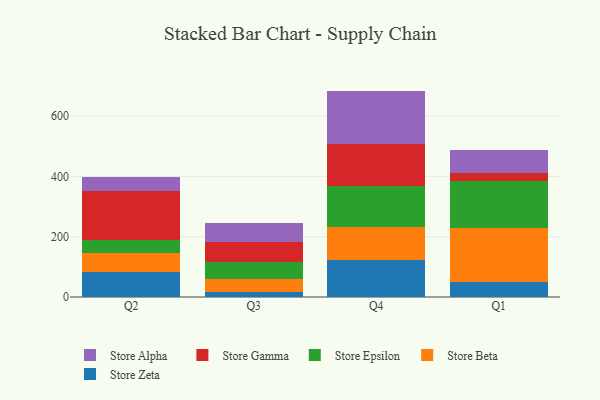
{"axis": {"x": "Quarter", "y": "Revenue (USD Million)"}, "legend": ["Store Alpha", "Store Beta", "Store Epsilon", "Store Gamma", "Store Zeta"], "data": [{"x": "Q2", "y": 82.4, "type": "Store Zeta"}, {"x": "Q2", "y": 64.5, "type": "Store Beta"}, {"x": "Q2", "y": 42.0, "type": "Store Epsilon"}, {"x": "Q2", "y": 163.2, "type": "Store Gamma"}, {"x": "Q2", "y": 47.2, "type": "Store Alpha"}, {"x": "Q3", "y": 17.9, "type": "Store Zeta"}, {"x": "Q3", "y": 41.2, "type": "Store Beta"}, {"x": "Q3", "y": 57.7, "type": "Store Epsilon"}, {"x": "Q3", "y": 67.1, "type": "Store Gamma"}, {"x": "Q3", "y": 63.0, "type": "Store Alpha"}, {"x": "Q4", "y": 122.7, "type": "Store Zeta"}, {"x": "Q4", "y": 109.9, "type": "Store Beta"}, {"x": "Q4", "y": 135.1, "type": "Store Epsilon"}, {"x": "Q4", "y": 139.0, "type": "Store Gamma"}, {"x": "Q4", "y": 177.2, "type": "Store Alpha"}, {"x": "Q1", "y": 48.9, "type": "Store Zeta"}, {"x": "Q1", "y": 178.5, "type": "Store Beta"}, {"x": "Q1", "y": 157.8, "type": "Store Epsilon"}, {"x": "Q1", "y": 26.4, "type": "Store Gamma"}, {"x": "Q1", "y": 75.3, "type": "Store Alpha"}]}